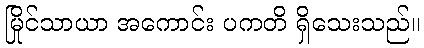
မြိုင်သာယာ အကောင်း ပကတိ ရှိသေးသည်။